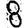
Digit: 8